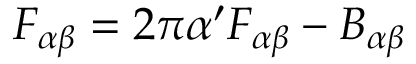
{ \cal F } _ { \alpha \beta } = 2 \pi \alpha ^ { \prime } F _ { \alpha \beta } - B _ { \alpha \beta }